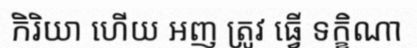
កិរិយា ហើយ អញ ត្រូវ ធ្វើ ទក្ខិណា